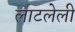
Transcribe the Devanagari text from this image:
लाटलेली